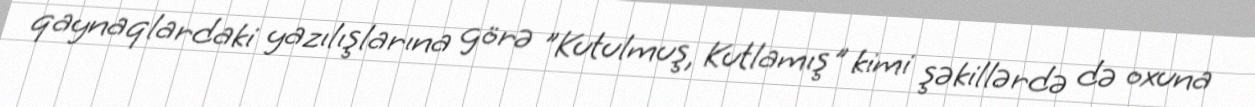
qaynaqlardaki yazılışlarına görə "Kutulmuş, Kutlamış" kimi şəkillərdə də oxuna